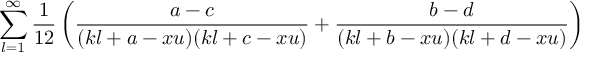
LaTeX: \sum _ { l = 1 } ^ { \infty } \frac { 1 } { 1 2 } \left( \frac { a - c } { ( k l + a - x u ) ( k l + c - x u ) } + \frac { b - d } { ( k l + b - x u ) ( k l + d - x u ) } \right)